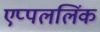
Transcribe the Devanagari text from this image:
एप्पललिंक